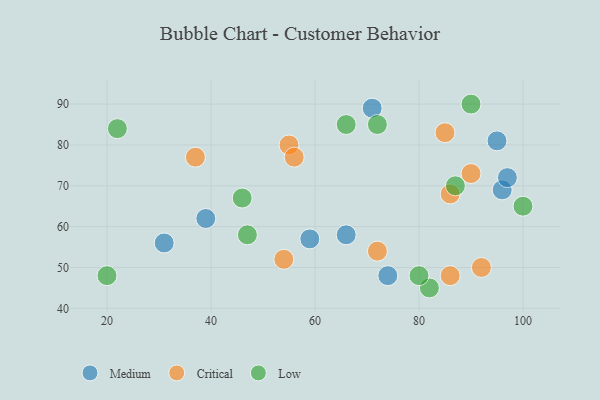
{"axis": {"x": "GDP", "y": "Life Expectancy"}, "legend": ["Critical", "Low", "Medium"], "data": [{"x": "74", "y": 48, "type": "Medium"}, {"x": "95", "y": 81, "type": "Medium"}, {"x": "31", "y": 56, "type": "Medium"}, {"x": "66", "y": 58, "type": "Medium"}, {"x": "96", "y": 69, "type": "Medium"}, {"x": "39", "y": 62, "type": "Medium"}, {"x": "59", "y": 57, "type": "Medium"}, {"x": "97", "y": 72, "type": "Medium"}, {"x": "71", "y": 89, "type": "Medium"}, {"x": "86", "y": 68, "type": "Critical"}, {"x": "37", "y": 77, "type": "Critical"}, {"x": "86", "y": 48, "type": "Critical"}, {"x": "85", "y": 83, "type": "Critical"}, {"x": "90", "y": 73, "type": "Critical"}, {"x": "92", "y": 50, "type": "Critical"}, {"x": "54", "y": 52, "type": "Critical"}, {"x": "72", "y": 54, "type": "Critical"}, {"x": "55", "y": 80, "type": "Critical"}, {"x": "56", "y": 77, "type": "Critical"}, {"x": "72", "y": 85, "type": "Low"}, {"x": "46", "y": 67, "type": "Low"}, {"x": "47", "y": 58, "type": "Low"}, {"x": "20", "y": 48, "type": "Low"}, {"x": "87", "y": 70, "type": "Low"}, {"x": "22", "y": 84, "type": "Low"}, {"x": "82", "y": 45, "type": "Low"}, {"x": "66", "y": 85, "type": "Low"}, {"x": "90", "y": 90, "type": "Low"}, {"x": "80", "y": 48, "type": "Low"}, {"x": "100", "y": 65, "type": "Low"}]}